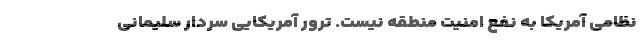
نظامی آمریکا به نفع امنیت منطقه نیست. ترور آمریکایی سردار سلیمانی